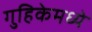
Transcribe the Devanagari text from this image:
गुहिकेमध्ये